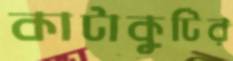
কাটাকুটির